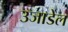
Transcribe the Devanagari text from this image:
उजाडेल